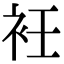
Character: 衽